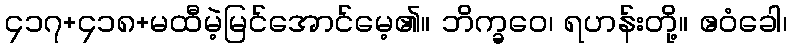
၄၁၇+၄၁၈+မထီမဲ့မြင်အောင်မေ့၏။ ဘိက္ခဝေ၊ ရဟန်းတို့။ ဧဝံခေါ၊